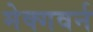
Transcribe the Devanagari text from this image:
मेक्गवर्न